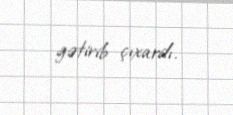
gətirib çıxardı.